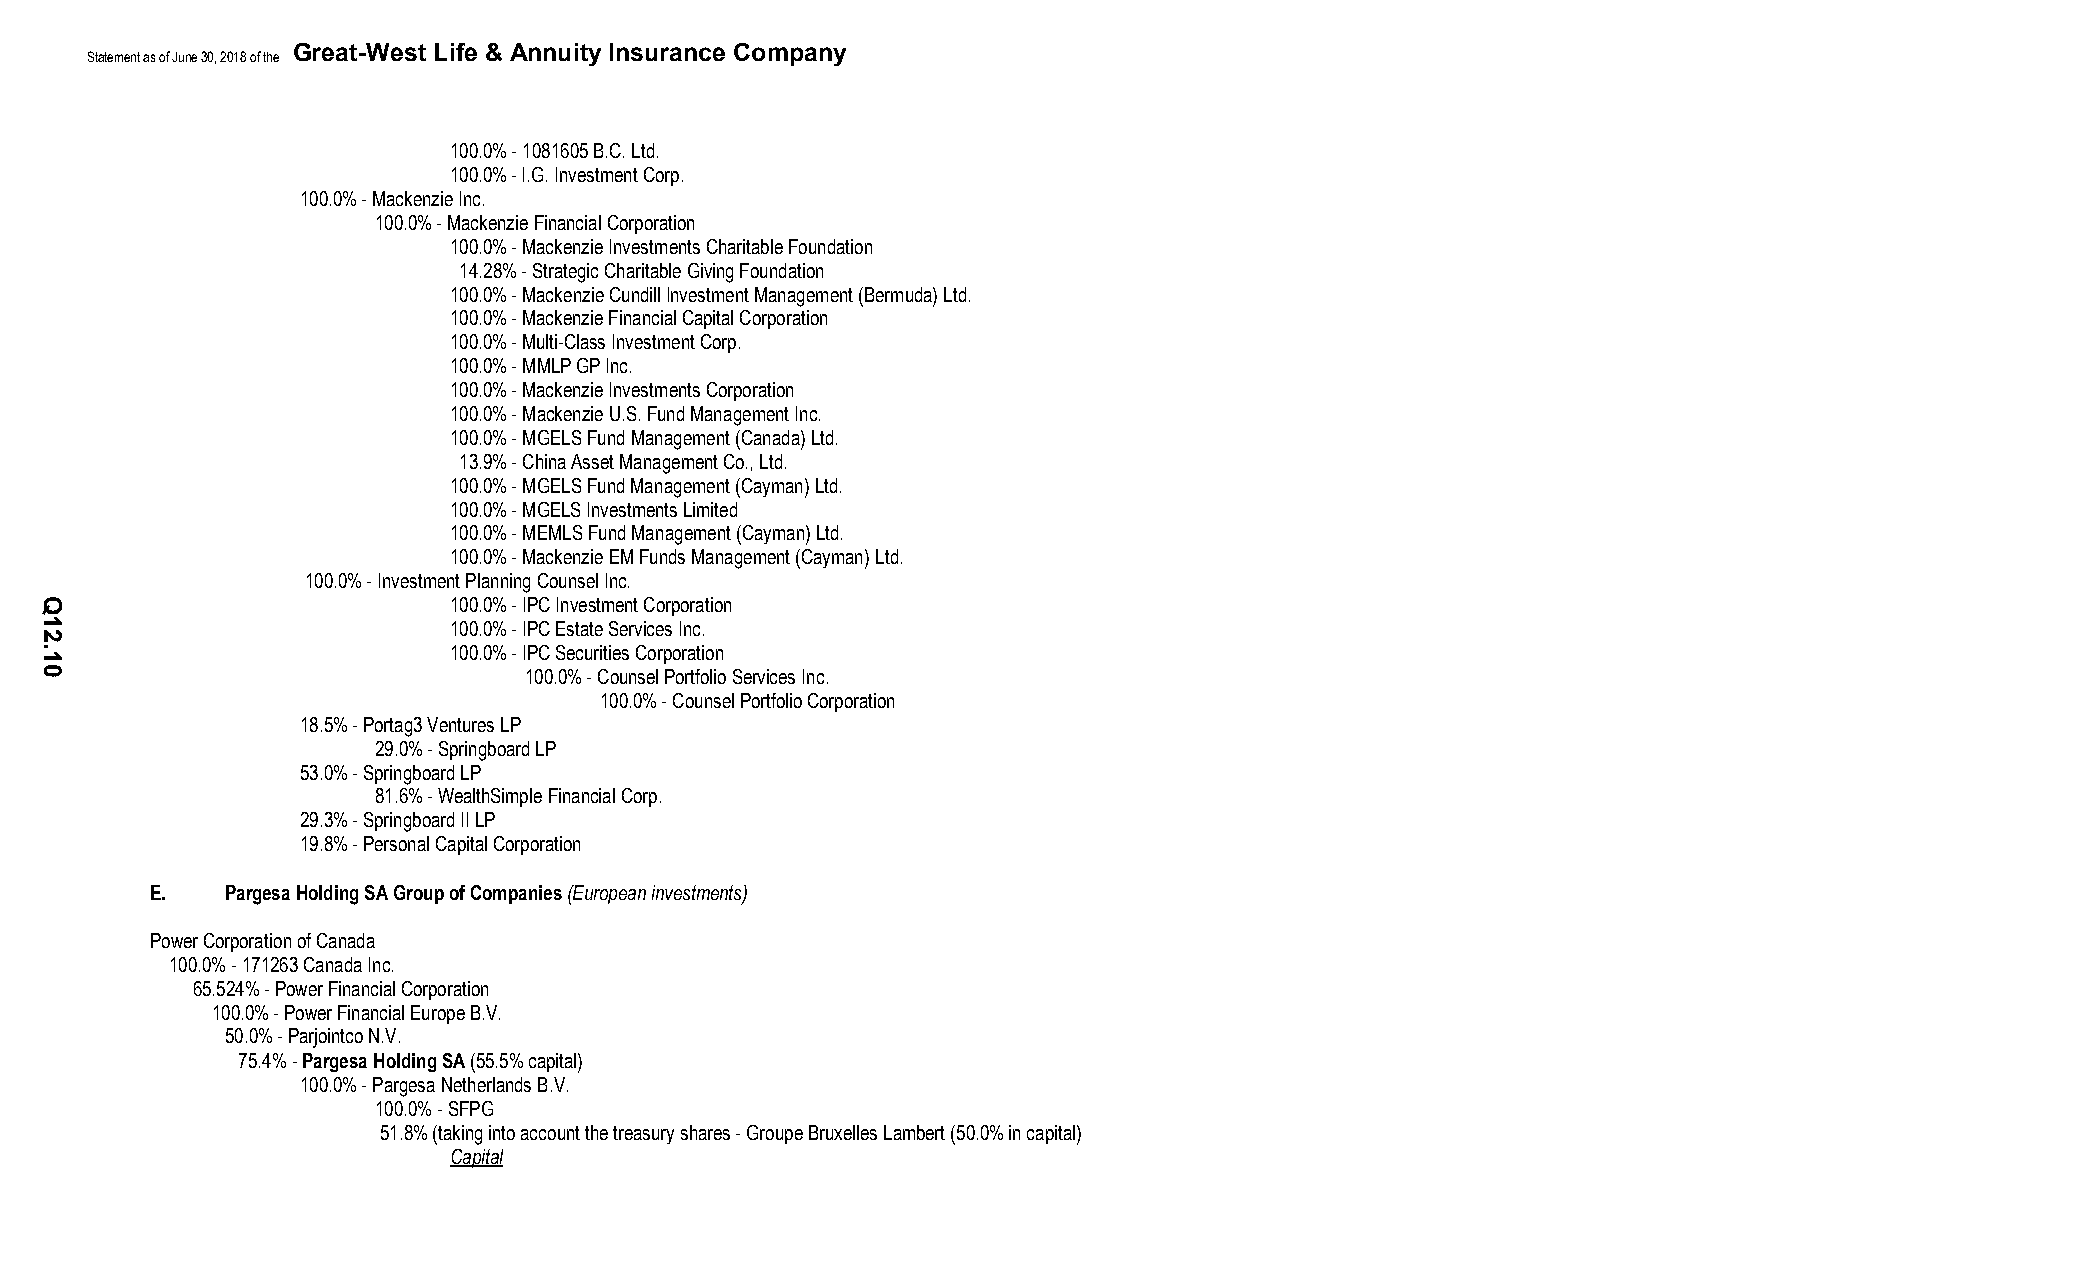
Great-West Life & Annuity Insurance Company
 Statement as of June 30, 2018 of the
 100.0% - 1081605 B.C. Ltd.
 100.0% - I.G. Investment Corp.
 100.0% - Mackenzie Inc.
 100.0% - Mackenzie Financial Corporation
 100.0% - Mackenzie Investments Charitable Foundation
 14.28% - Strategic Charitable Giving Foundation
 100.0% - Mackenzie Cundill Investment Management (Bermuda) Ltd.
 100.0% - Mackenzie Financial Capital Corporation
 100.0% - Multi-Class Investment Corp.
 100.0% - MMLP GP Inc.
 100.0% - Mackenzie Investments Corporation
 100.0% - Mackenzie U.S. Fund Management Inc.
 100.0% - MGELS Fund Management (Canada) Ltd.
 13.9% - China Asset Management Co., Ltd.
 100.0% - MGELS Fund Management (Cayman) Ltd.
 100.0% - MGELS Investments Limited
 100.0% - MEMLS Fund Management (Cayman) Ltd.
 100.0% - Mackenzie EM Funds Management (Cayman) Ltd.
 100.0% - Investment Planning Counsel Inc.
 100.0% - IPC Investment Corporation
 100.0% - IPC Estate Services Inc.
 100.0% - IPC Securities Corporation
 100.0% - Counsel Portfolio Services Inc.
 100.0% - Counsel Portfolio Corporation
 18.5% - Portag3 Ventures LP
 29.0% - Springboard LP
 53.0% - Springboard LP
 81.6% - WealthSimple Financial Corp.
 29.3% - Springboard II LP
 19.8% - Personal Capital Corporation
 E.   Pargesa Holding SA Group of Companies(European investments)
 Power Corporation of Canada
 100.0% - 171263 Canada Inc.
 65.524% - Power Financial Corporation
 100.0% - Power Financial Europe B.V.
 50.0% - Parjointco N.V.
 75.4% -Pargesa Holding SA(55.5% capital)
 100.0% - Pargesa Netherlands B.V.
 100.0% - SFPG
 51.8% (taking into account the treasury shares - Groupe Bruxelles Lambert (50.0% in capital)
 Capital
 Q12.10